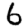
Digit: 6